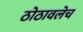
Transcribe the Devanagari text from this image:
ठोठावलेच